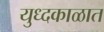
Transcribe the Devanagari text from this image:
युध्दकाळात